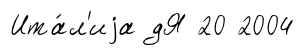
Ита́л'иjа дЯ 20 2004